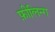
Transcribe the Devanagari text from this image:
फ़ीलिन्ग